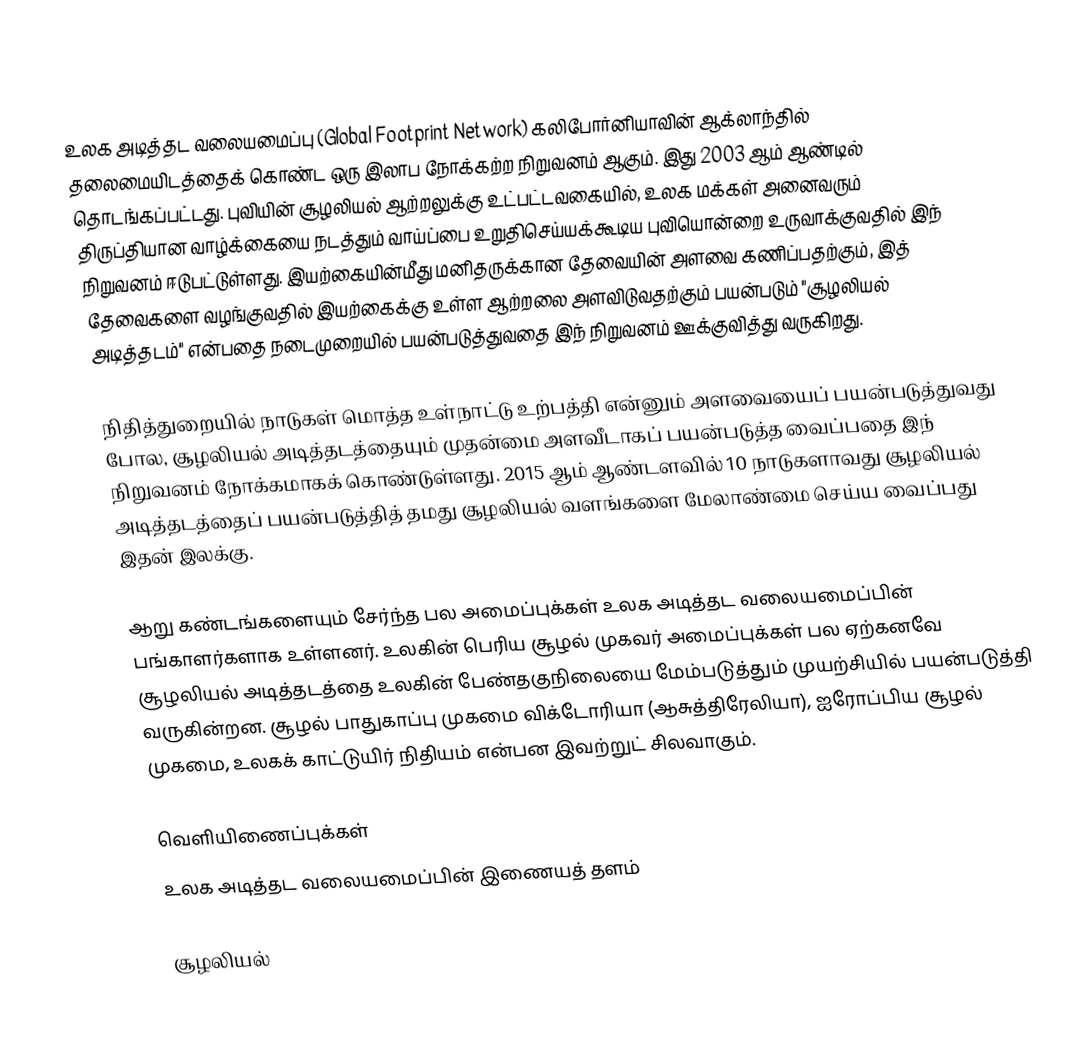
உலக அடித்தட வலையமைப்பு (Global Footprint Network) கலிபோர்னியாவின் ஆக்லாந்தில் தலைமையிடத்தைக் கொண்ட ஒரு இலாப நோக்கற்ற நிறுவனம் ஆகும். இது 2003 ஆம் ஆண்டில் தொடங்கப்பட்டது. புவியின் சூழலியல் ஆற்றலுக்கு உட்பட்டவகையில், உலக மக்கள் அனைவரும் திருப்தியான வாழ்க்கையை நடத்தும் வாய்ப்பை உறுதிசெய்யக்கூடிய புவியொன்றை உருவாக்குவதில் இந் நிறுவனம் ஈடுபட்டுள்ளது. இயற்கையின்மீது மனிதருக்கான தேவையின் அளவை கணிப்பதற்கும், இத் தேவைகளை வழங்குவதில் இயற்கைக்கு உள்ள ஆற்றலை அளவிடுவதற்கும் பயன்படும் "சூழலியல் அடித்தடம்" என்பதை நடைமுறையில் பயன்படுத்துவதை இந் நிறுவனம் ஊக்குவித்து வருகிறது.

நிதித்துறையில் நாடுகள் மொத்த உள்நாட்டு உற்பத்தி என்னும் அளவையைப் பயன்படுத்துவது போல, சூழலியல் அடித்தடத்தையும் முதன்மை அளவீடாகப் பயன்படுத்த வைப்பதை இந் நிறுவனம் நோக்கமாகக் கொண்டுள்ளது. 2015 ஆம் ஆண்டளவில் 10 நாடுகளாவது சூழலியல் அடித்தடத்தைப் பயன்படுத்தித் தமது சூழலியல் வளங்களை மேலாண்மை செய்ய வைப்பது இதன் இலக்கு.

ஆறு கண்டங்களையும் சேர்ந்த பல அமைப்புக்கள் உலக அடித்தட வலையமைப்பின் பங்காளர்களாக உள்ளனர். உலகின் பெரிய சூழல் முகவர் அமைப்புக்கள் பல ஏற்கனவே சூழலியல் அடித்தடத்தை உலகின் பேண்தகுநிலையை மேம்படுத்தும் முயற்சியில் பயன்படுத்தி வருகின்றன. சூழல் பாதுகாப்பு முகமை விக்டோரியா (ஆசுத்திரேலியா), ஐரோப்பிய சூழல் முகமை, உலகக் காட்டுயிர் நிதியம் என்பன இவற்றுட் சிலவாகும்.

வெளியிணைப்புக்கள்
 உலக அடித்தட வலையமைப்பின் இணையத் தளம்

சூழலியல்